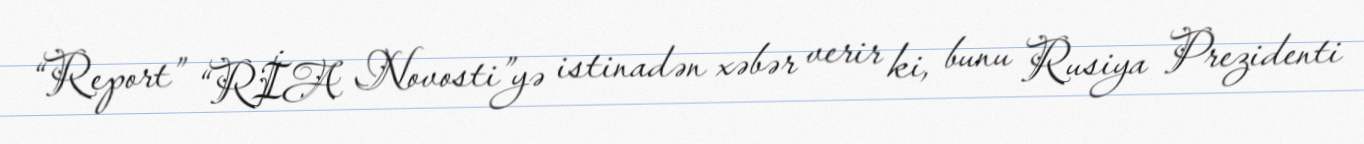
“Report” “RİA Novosti”yə istinadən xəbər verir ki, bunu Rusiya Prezidenti